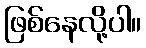
ဖြစ်နေလို့ပါ။